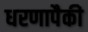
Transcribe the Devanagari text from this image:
धरणापैकी